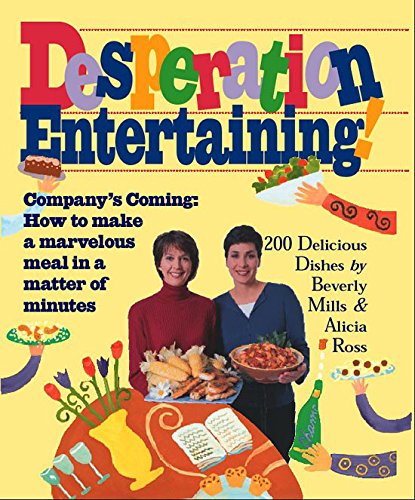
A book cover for Desperation Entertaining!; Beverly Mills; Cookbooks, Food & Wine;